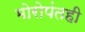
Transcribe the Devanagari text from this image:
मोरोपंतही